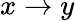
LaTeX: x\rightarrow y